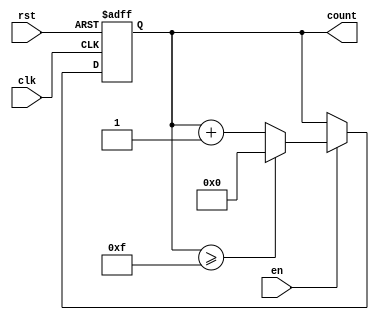
module async_counter #(
    parameter N = 15 // Specify the maximum count value (N)
)(
    input wire clk,       // Clock signal
    input wire rst,       // Asynchronous reset
    input wire en,        // Enable signal
    output reg [$clog2(N):0] count // Count value (requires enough bits to represent 0 to N)
);

    // Increment the counter on the rising edge of the clock
    always @(posedge clk or posedge rst) begin
        if (rst) begin
            count <= 0; // Asynchronous reset to 0
        end else if (en) begin
            if (count >= N) begin
                count <= 0; // Wrap around to 0 if maximum value is reached
            end else begin
                count <= count + 1; // Increment the counter
            end
        end
    end

endmodule